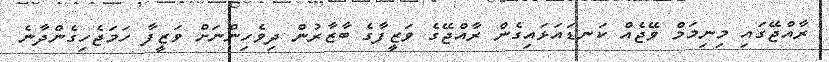
ރާއްޖޭގައި މިނިމަމް ވޭޖެއް ކަނޑައަޅައިގެން ރާއްޖޭގެ ވަޒީފާގެ ބާޒާރުން ދިވެހިންނަށް ވަޒީފާ ހަމަޖެހިގެންދާނެ